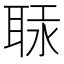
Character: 𦕷